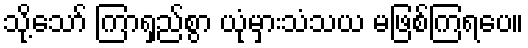
သို့သော် ကြာရှည်စွာ ယုံမှားသံသယ မဖြစ်ကြရပေ။